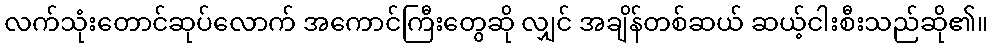
လက်သုံးတောင်ဆုပ်လောက် အကောင်ကြီးတွေဆို လျှင် အချိန်တစ်ဆယ် ဆယ့်ငါးစီးသည်ဆို၏။